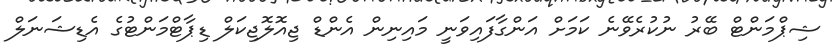
ޝިޕްމަންޓް ބޭރު ނުކުރެވޭނެ ކަމަށް އަންގާފައިވަނީ މައިނިން އެންޑް ޖިއޮލޮޖިކަލް ޑިޕާޓްމަންޓުގެ އެޑިޝަނަލް